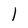
Character: l